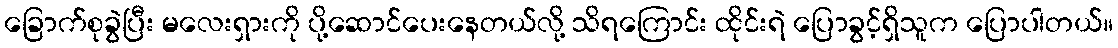
ခြောက်စုခွဲပြီး မလေးရှားကို ပို့ဆောင်ပေးနေတယ်လို့ သိရကြောင်း ထိုင်းရဲ ပြောခွင့်ရှိသူက ပြောပါတယ်။